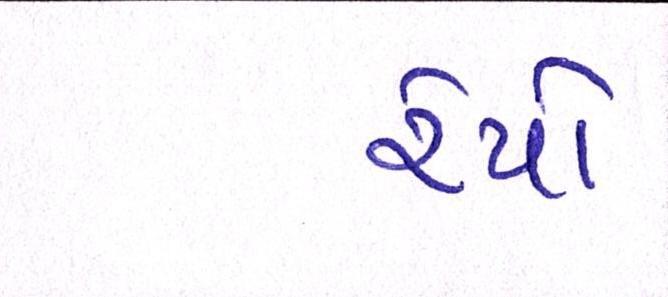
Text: રેપો